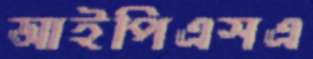
আইপিএসএ